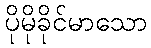
ပိုမိုခိုင်မာသော